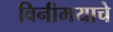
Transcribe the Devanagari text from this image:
विनीमयाचे